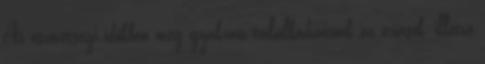
Az ószövetségi időkben még gyakran találkozhatunk az óriások, illetve